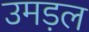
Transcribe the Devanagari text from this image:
उमड़ल